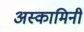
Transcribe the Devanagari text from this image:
अस्कामिनी